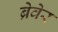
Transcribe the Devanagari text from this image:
ब्रेवेर